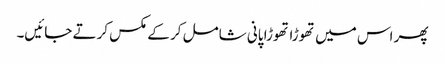
پھر اس میں تھوڑا تھوڑا پانی شامل کر کے مکس کرتے جائیں۔